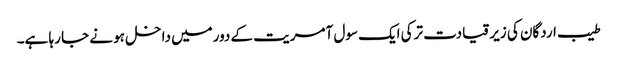
طیب اردگان کی زیر قیادت ترکی ایک سول آمریت کے دورمیں داخل ہو نے جا رہا ہے۔